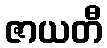
ဇာယတီ